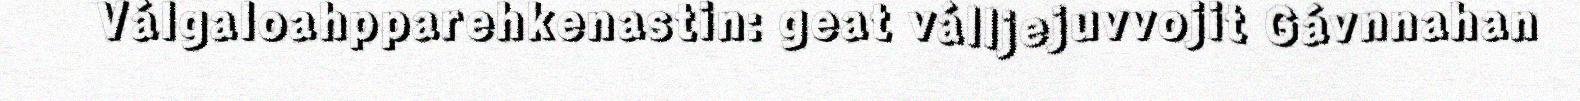
Válgaloahpparehkenastin: geat válljejuvvojit Gávnnahan